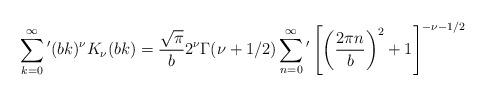
LaTeX: \begin{align*}\sum_{k=0}^{\infty }{'}(bk)^\nu K_\nu (bk)=\frac{\sqrt{\pi }}{b}2^\nu \Gamma (\nu +1/2)\sum_{n=0}^{\infty }{'}\left[ \left( \frac{2\pi n}{b}\right) ^2+1\right] ^{-\nu -1/2}\end{align*}